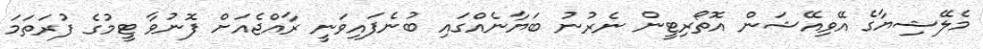
މެލޭޝިޔާގެ އޭވިއޭޝަން އޮތޯރިޓީން ނެރުނު ބަޔާނެއްގައި ބުނެފައިވަނީ ރާއްޖެއަށް ފޮނުވާ ޓީމުގެ ފުރަތަމަ